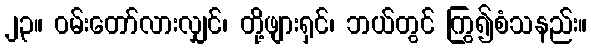
၂၃။ ဝမ်းတော်လားလျှင်၊ တို့ဖျားရှင်၊ ဘယ်တွင် ကြွ၍စံသနည်း။